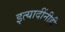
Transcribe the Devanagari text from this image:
इत्यादींनीही